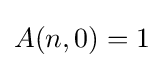
{\textstyle A(n,0)=1}